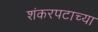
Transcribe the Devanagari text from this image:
शंकरपटाच्या